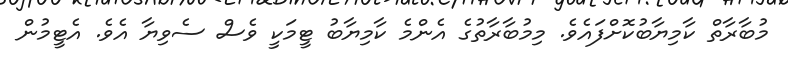
މުބާރާތް ކާމިޔާބުކޮށްފައެވެ. މިމުބާރާތުގެ އެންމެ ކާމިޔާބު ޓީމަކީ ވެސް ސެވިޔާ އެވެ. އެޓީމުން